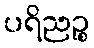
ပရိညဉ္စ